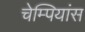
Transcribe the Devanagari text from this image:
चेम्पियांस